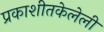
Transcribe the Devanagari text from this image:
प्रकाशीतकेलेली